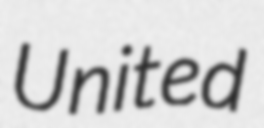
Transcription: United